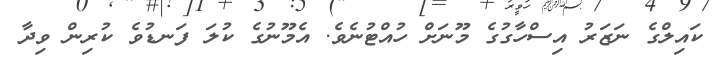
ކައިލްގެ ނަޒަރު އިސްހާގުގެ މޫނަށް ހުއްޓުނެވެ. އެމޫނުގެ ކުލަ ފަނޑުވެ ކުރިން ވިދާ